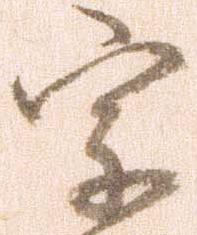
宗